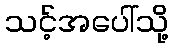
သင့်အပေါ်သို့